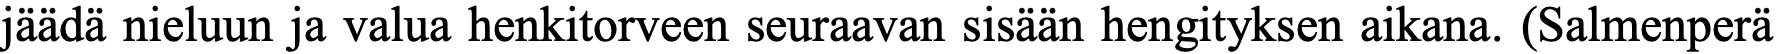
jäädä nieluun ja valua henkitorveen seuraavan sisään hengityksen aikana. (Salmenperä